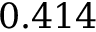
0 . 4 1 4